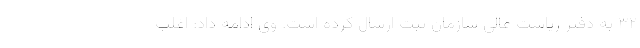
۳۲ به‌ دفتر ریاست عالی سازمان ثبت ارسال کرده است. وی ادامه داد: اغلب